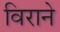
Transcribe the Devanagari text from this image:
विराने